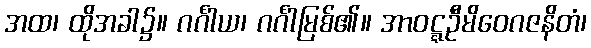
အထ၊ ထိုအခါ၌။ ဂင်္ဂါယ၊ ဂင်္ဂါမြစ်၏။ အာဝဋ္ဋဦမိဝေဂဇနိတံ၊